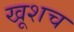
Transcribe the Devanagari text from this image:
खूशच